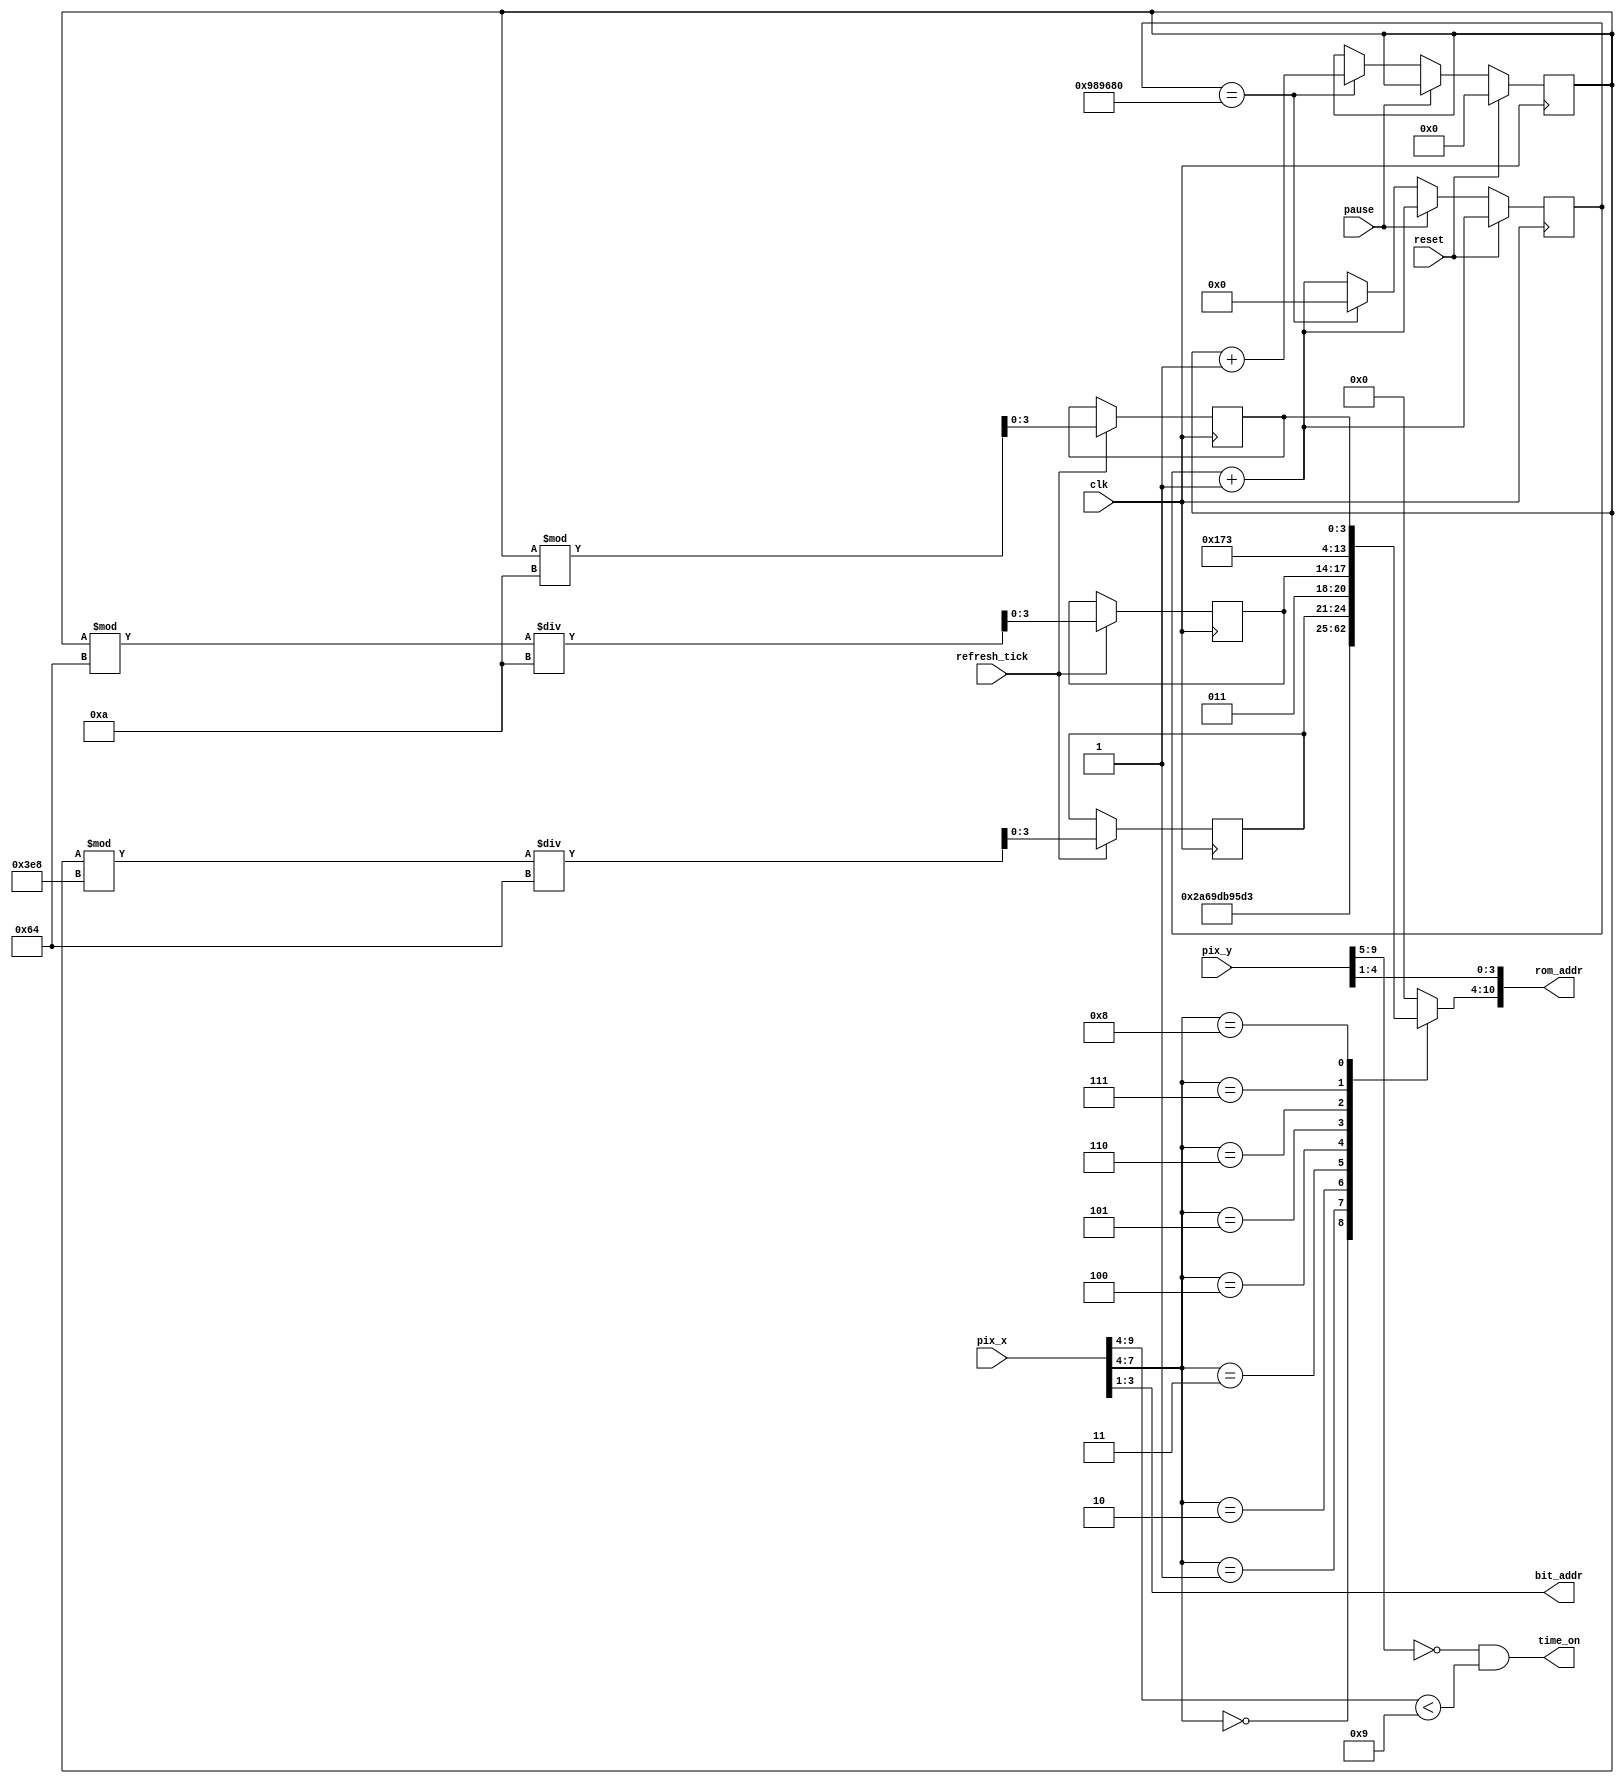
//module time_text(
//    input wire clk, reset, pause,
//    input wire refresh_tick,
//    input wire [9:0] pix_x, pix_y,
//    output wire time_on,
//    output wire best_time_on,
//    output wire [2:0] bit_addr,
//    output wire [10:0] rom_addr);
    
//    // Variables 
//    wire [3:0] row_addr;
//    reg [6:0] char_addr;
//    reg [23:0] time_tick;
//    reg [9:0] raceTime, bestTime;
//    reg [3:0] dig_10th, dig_1s, dig_10s;
//    reg [3:0] best_dig_10th, best_dig_1s, best_dig_10s;
//    reg best_time_flag;

//    // Output signals
    

//    assign time_on = (pix_y[9:5] == 0) && (pix_x[9:4] < 9);
//    assign row_addr = pix_y[4:1];
//    assign bit_addr = pix_x[3:1];
//    assign rom_addr = {char_addr, row_addr};
//    assign best_time_on = (pix_y[9:5] == 1) && (pix_x[9:4] < 9);

//    // Measure time in milliseconds
//    always @(posedge clk) begin
//        time_tick <= time_tick + 1;
//        if (reset) begin
//            raceTime <= 0;
//            bestTime <= 0;
//        end
//        else if (pause) begin
//            raceTime <= raceTime;
//            bestTime <= bestTime;
//        end
//        else if (time_tick == 10000000) begin // 0.1 second
//            time_tick <= 0;
//            raceTime <= raceTime + 1;
//            // Update best time if necessary
//            if (raceTime < bestTime || bestTime == 0) begin
//                bestTime <= raceTime;
//                best_dig_10th <= dig_10th;
//                best_dig_1s <= dig_1s;
//                best_dig_10s <= dig_10s;
//            end
//        end

//        // Calculate decimal digits
//        if (refresh_tick) begin
//            dig_10th <= raceTime % 10;
//            dig_1s <= (raceTime % 100) / 10;
//            dig_10s <= (raceTime % 1000) / 100;
//        end
//    end

//    always @* begin
//        case (pix_x[7:4])
//            4'h0: char_addr = 7'h54; // T
//            4'h1: char_addr = 7'h69; // i
//            4'h2: char_addr = 7'h6d; // m
//            4'h3: char_addr = 7'h65; // e
//            4'h4: char_addr = 7'h3a; // :
//            4'h5: char_addr = {3'b011, dig_10s}; // d i g i t 10
//            4'h6: char_addr = {3'b011, dig_1s}; // d i g i t 1
//            4'h7: char_addr = 7'h2e; // .
//            4'h8: char_addr = {3'b011, dig_10th}; // d i g i t 10th
//            default: char_addr = 7'h00; // 
//        endcase
//    end

//    always @* begin
//        case (pix_x[7:4])
//            4'h0: char_addr = 7'h54; // T
//            4'h1: char_addr = 7'h69; // i
//            4'h2: char_addr = 7'h6d; // m
//            4'h3: char_addr = 7'h65; // e
//            4'h4: char_addr = 7'h3a; // :
//            4'h5: char_addr = {3'b011, dig_10s}; // d i g i t 10
//            4'h6: char_addr = {3'b011, dig_1s}; // d i g i t 1
//            4'h7: char_addr = 7'h2e; // .
//            4'h8: char_addr = {3'b011, dig_10th}; // d i g i t 10th
//            default: char_addr = 7'h00; // 
//        endcase
//    end

//    always @* begin
//        case (pix_x[7:4])
//            4'h0: char_addr = 7'h54; // T
//            4'h1: char_addr = 7'h69; // i
//            4'h2: char_addr = 7'h6d; // m
//            4'h3: char_addr = 7'h65; // e
//            4'h4: char_addr = 7'h3a; // :
//            4'h5: char_addr = {3'b011, dig_10s}; // d i g i t 10
//            4'h6: char_addr = {3'b011, dig_1s}; // d i g i t 1
//            4'h7: char_addr = 7'h2e; // .
//            4'h8: char_addr = {3'b011, dig_10th}; // d i g i t 10th
//            default: char_addr = 7'h00; // 
//        endcase
//    end
//endmodule
//above code was running previously

//module text(
//    input wire clk, reset, pause,
//    input wire refresh_tick,
//    input wire start_en, crash_en, finish_en,
//    input wire [9:0] pix_x, pix_y,
//    output wire text_on,
//    output reg [11:0] text_rgb);

//    // Signal declaration
//    wire [7:0] font_word;
//    wire font_bit, time_on, start_on, crash_on, finish_on, best_time_on;
//    wire [10:0] time_rom_addr, start_rom_addr, crash_rom_addr, finish_rom_addr;
//    wire [2:0] time_bit_addr, start_bit_addr, crash_bit_addr, finish_bit_addr;
//    reg [10:0] rom_addr;
//    reg [2:0] bit_addr;
//    reg [9:0] raceTime, bestTime; // Store race time and best time
//    reg [3:0] dig_10th, dig_1s, dig_10s;
//    reg [3:0] best_dig_10th, best_dig_1s, best_dig_10s;
//    reg best_time_flag;

//    // Output signals
//    assign font_bit = font_word[~bit_addr];
//    assign text_on = time_on | (start_on & font_bit) | (crash_on & font_bit) | (finish_on & font_bit) | best_time_on;

//    // Instantiate font ROM
//    font_rom font_unit (
//        .clk(clk),
//        .addr(rom_addr),
//        .data(font_word)
//    );

//    // Instantiate time_text module with best_time_on signal
//    time_text mytime (
//        .clk(clk),
//        .reset(reset),
//        .pause(pause),
//        .refresh_tick(refresh_tick),
//        .pix_x(pix_x),
//        .pix_y(pix_y),
//        .time_on(time_on),
//        .best_time_on(best_time_on),
//        .bit_addr(time_bit_addr),
//        .rom_addr(time_rom_addr)
//    );

//    // Instantiate start module
//    start mystart (
//        .clk(clk),
//        .start_en(start_en),
//        .pix_x(pix_x),
//        .pix_y(pix_y),
//        .start_on(start_on),
//        .start_bit_addr(start_bit_addr),
//        .start_rom_addr(start_rom_addr)
//    );

//    // Instantiate finish module
//    finish myfinish (
//        .clk(clk),
//        .finish_en(finish_en),
//        .pix_x(pix_x),
//        .pix_y(pix_y),
//        .finish_on(finish_on),
//        .finish_bit_addr(finish_bit_addr),
//        .finish_rom_addr(finish_rom_addr)
//    );

//    // Instantiate game_over module
//    game_over crash (
//        .clk(clk),
//        .crash_en(crash_en),
//        .pix_x(pix_x),
//        .pix_y(pix_y),
//        .crash_on(crash_on),
//        .crash_bit_addr(crash_bit_addr),
//        .crash_rom_addr(crash_rom_addr)
//    );

//    // Update race time and best time
//    always @(posedge clk) begin
//        if (reset) begin
//            raceTime <= 0;
//            bestTime <= 0;
//        end
//        else if (!pause && refresh_tick) begin
//            raceTime <= raceTime + 1;
//            if (raceTime < bestTime || bestTime == 0) begin
//                bestTime <= raceTime;
//                best_dig_10th <= dig_10th;
//                best_dig_1s <= dig_1s;
//                best_dig_10s <= dig_10s;
//            end
//        end
//    end

//    // Calculate decimal digits
//    always @(posedge clk) begin
//        if (refresh_tick) begin
//            dig_10th <= raceTime % 10;
//            dig_1s <= (raceTime % 100) / 10;
//            dig_10s <= (raceTime % 1000) / 100;
//        end
//    end

//    // Determine text_rgb based on conditions
//    always @* begin
//        if (time_on) begin
//            bit_addr <= time_bit_addr;
//            rom_addr <= time_rom_addr;
//            text_rgb <= 12'h110; // Background yellow
//            if (font_bit) text_rgb <= 12'h001; // Font color
//        end
//        else if (start_on) begin
//            bit_addr <= start_bit_addr;
//            rom_addr <= start_rom_addr;
//            text_rgb <= 12'h501; // Font color
//        end  
//        else if (crash_on) begin
//            bit_addr <= crash_bit_addr;
//            rom_addr <= crash_rom_addr;
//            text_rgb <= 12'h501; // Font color
//        end
//        else if (finish_on) begin
//            bit_addr <= finish_bit_addr;
//            rom_addr <= finish_rom_addr;
//            text_rgb <= 12'h501; // Font color
//        end
//    end
//endmodule


`timescale 1ns / 1ps

module time_text(
input wire clk, reset, pause,
input wire refresh_tick,
input wire [9:0] pix_x, pix_y,
output wire time_on,
output wire [2:0] bit_addr,
output wire [10:0] rom_addr);
    
//variables 
wire [3:0] row_addr;    
reg [6:0] char_addr;
//reg [6:0] char_addr2;
reg [23:0] time_tick;
reg [9:0] raceTime;
reg [3:0] dig_10th, dig_1s, dig_10s;

assign time_on = (pix_y [9: 5] ==0) && (pix_x [9: 4] <9) ;
assign row_addr = pix_y [4:1];
assign bit_addr = pix_x [3:1];
assign rom_addr = {char_addr, row_addr};
 
//measure time in miliseonds
always@(posedge clk)
begin
time_tick <= time_tick + 1;
if(reset)
    raceTime<=0;
else if(pause)
    raceTime <=raceTime;
else if(time_tick==10000000) //0.1 second
begin
    time_tick<=0;
    raceTime <= raceTime + 1;
end

//calculate decimal digits
if(refresh_tick)
    begin
    dig_10th <= raceTime%10;
    dig_1s <= (raceTime%100)/10;
    dig_10s <= (raceTime%1000)/100;
    end
end 


always @*
case (pix_x [7:4])
4'h0: char_addr = 7'h54; // T
4'h1: char_addr = 7'h69; // i
4'h2: char_addr = 7'h6d; // m
4'h3: char_addr = 7'h65; // e
4'h4: char_addr = 7'h3a; // :
4'h5: char_addr = {3'b011, dig_10s}; // d i g i t 10
4'h6: char_addr = {3'b011, dig_1s}; // d i g i t 1
4'h7: char_addr = 7'h2e; // .
4'h8: char_addr = {3'b011, dig_10th}; // d i g i t 10th
default: char_addr = 7'h00; // 
endcase


endmodule